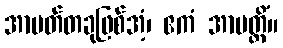
အာပတ်တခုဖြစ်အံ့၊ ဧကံ အာပတ္တိံ။